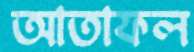
আতাফল